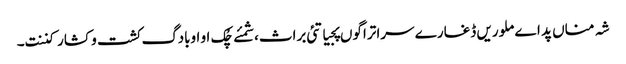
شہ مناں پد اے ملوریں ڈغارے سرا تراگوں پجیاتئی براث،شمئے چُک او اوبادگ کشت و کشار کننت۔